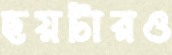
ছয়টারও